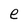
Character: e